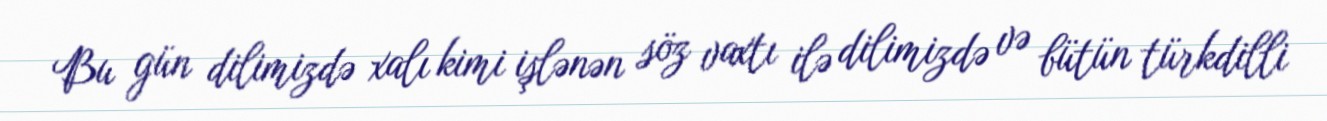
Bu gün dilimizdə xalı kimi işlənən söz vaxtı ilə dilimizdə və bütün türkdilli